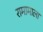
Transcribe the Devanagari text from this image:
रामामाला